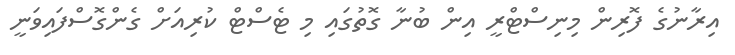
އިރާނުގެ ފޮރިން މިނިސްޓްރީ އިން ބުނާ ގޮތުގައި މި ޓެސްޓް ކުރިއަށް ގެންގޮސްފައިވަނީ